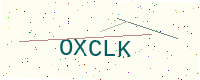
Text: OXCLK